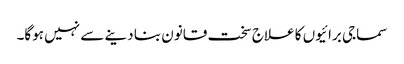
سماجی برائیوں کا علاج سخت قانون بنا دینے سے نہیں ہوگا۔